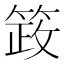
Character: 䈣